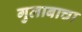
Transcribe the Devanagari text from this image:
गुलाबाचा